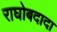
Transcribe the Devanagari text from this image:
राघोबदादा